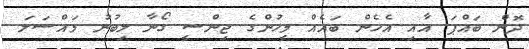
ދޮން ބައްޕަ އާއި އެހެން ބައެއް މީހުންގެ ޖިންސީ ގޯނާ ލިބުނު މައްސަލަ